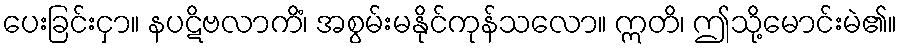
ပေးခြင်းငှာ။ နပဋိဗလာကိံ၊ အစွမ်းမနိုင်ကုန်သလော။ ဣတိ၊ ဤသို့မောင်းမဲ၏။